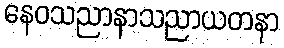
နေဝသညာနာသညာယတနာ